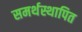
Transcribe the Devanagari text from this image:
समर्थस्थापित